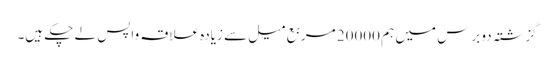
گزشتہ دو برس میں ہم 20000 مربع میل سے زیادہ علاقہ واپس لے چکے ہیں۔